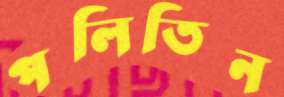
পলিতিন